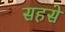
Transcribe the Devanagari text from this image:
सहसे